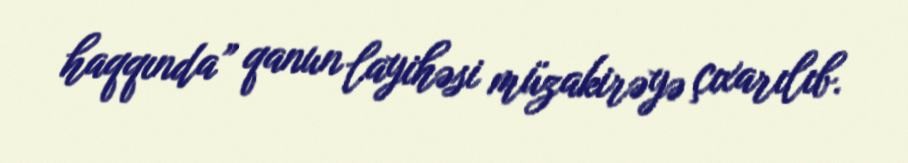
haqqında” qanun layihəsi müzakirəyə çıxarılıb.